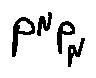
P ^ { \mu } P _ { \mu }